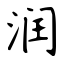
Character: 润